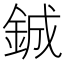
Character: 鋮